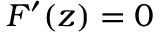
F ^ { \prime } ( z ) = 0